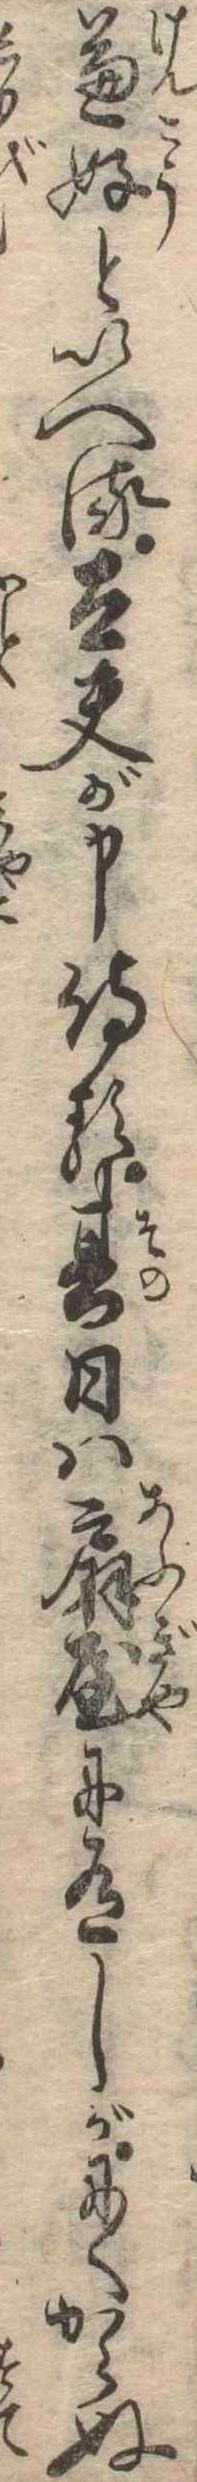
兼好といへる太夫が申侍る其日は扇屋に有しがにくからぬ